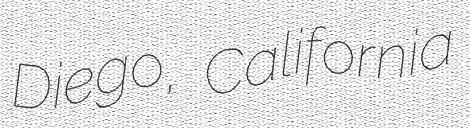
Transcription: Diego, California